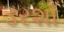
ડરશો